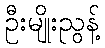
ဦးမျိုးညွန့်